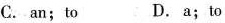
C. an;to D. a;to